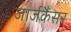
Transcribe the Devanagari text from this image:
जार्जकैंसर